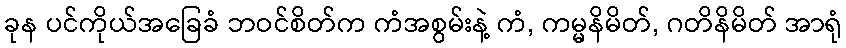
ခုန ပင်ကိုယ်အခြေခံ ဘဝင်စိတ်က ကံအစွမ်းနဲ့ ကံ, ကမ္မနိမိတ်, ဂတိနိမိတ် အာရုံ